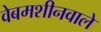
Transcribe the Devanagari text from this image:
वेबमशीनवाले